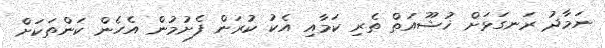
ނަމާދު ރަނގަޅަށް ޚުޝޫއަތް ތެރި ކަމާއި އެކު ކުރަން ފެށުމުން އެހެން ކަންތަކަށް